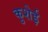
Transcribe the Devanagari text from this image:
कुशेई